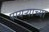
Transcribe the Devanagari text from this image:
पायऱ्याच्या